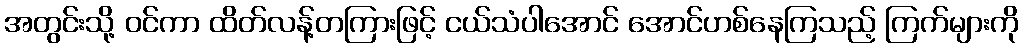
အတွင်းသို့ ဝင်ကာ ထိတ်လန့်တကြားဖြင့် ငယ်သံပါအောင် အောင်ဟစ်နေကြသည့် ကြက်များကို